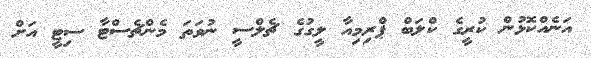
އަނެއްކޮޅުން ކުރީގެ ކްލަބް ޕްރިމިއާ ލީގުގެ ޗެލްސީ ނުވަތަ މެންޗެސްޓާ ސިޓީ އަށް